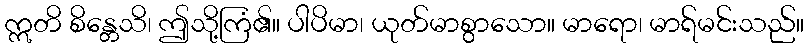
ဣတိ စိန္တေသိ၊ ဤသို့ကြံ၏။ ပါပိမာ၊ ယုတ်မာစွာသော။ မာရော၊ မာရ်မင်းသည်။